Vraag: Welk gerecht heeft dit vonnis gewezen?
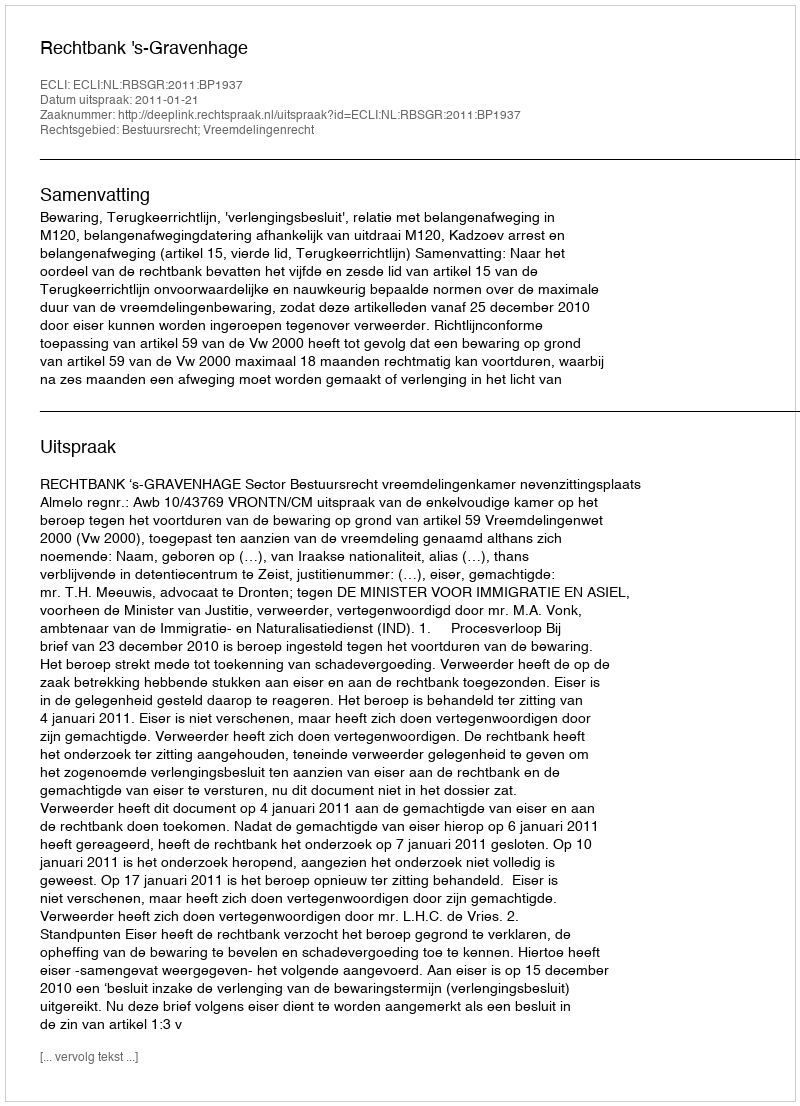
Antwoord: Rechtbank 's-Gravenhage